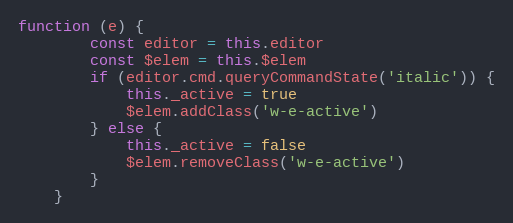
Language: JavaScript
function (e) {
        const editor = this.editor
        const $elem = this.$elem
        if (editor.cmd.queryCommandState('italic')) {
            this._active = true
            $elem.addClass('w-e-active')
        } else {
            this._active = false
            $elem.removeClass('w-e-active')
        }
    }